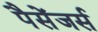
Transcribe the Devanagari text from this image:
पैसेंजर्स